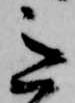
意